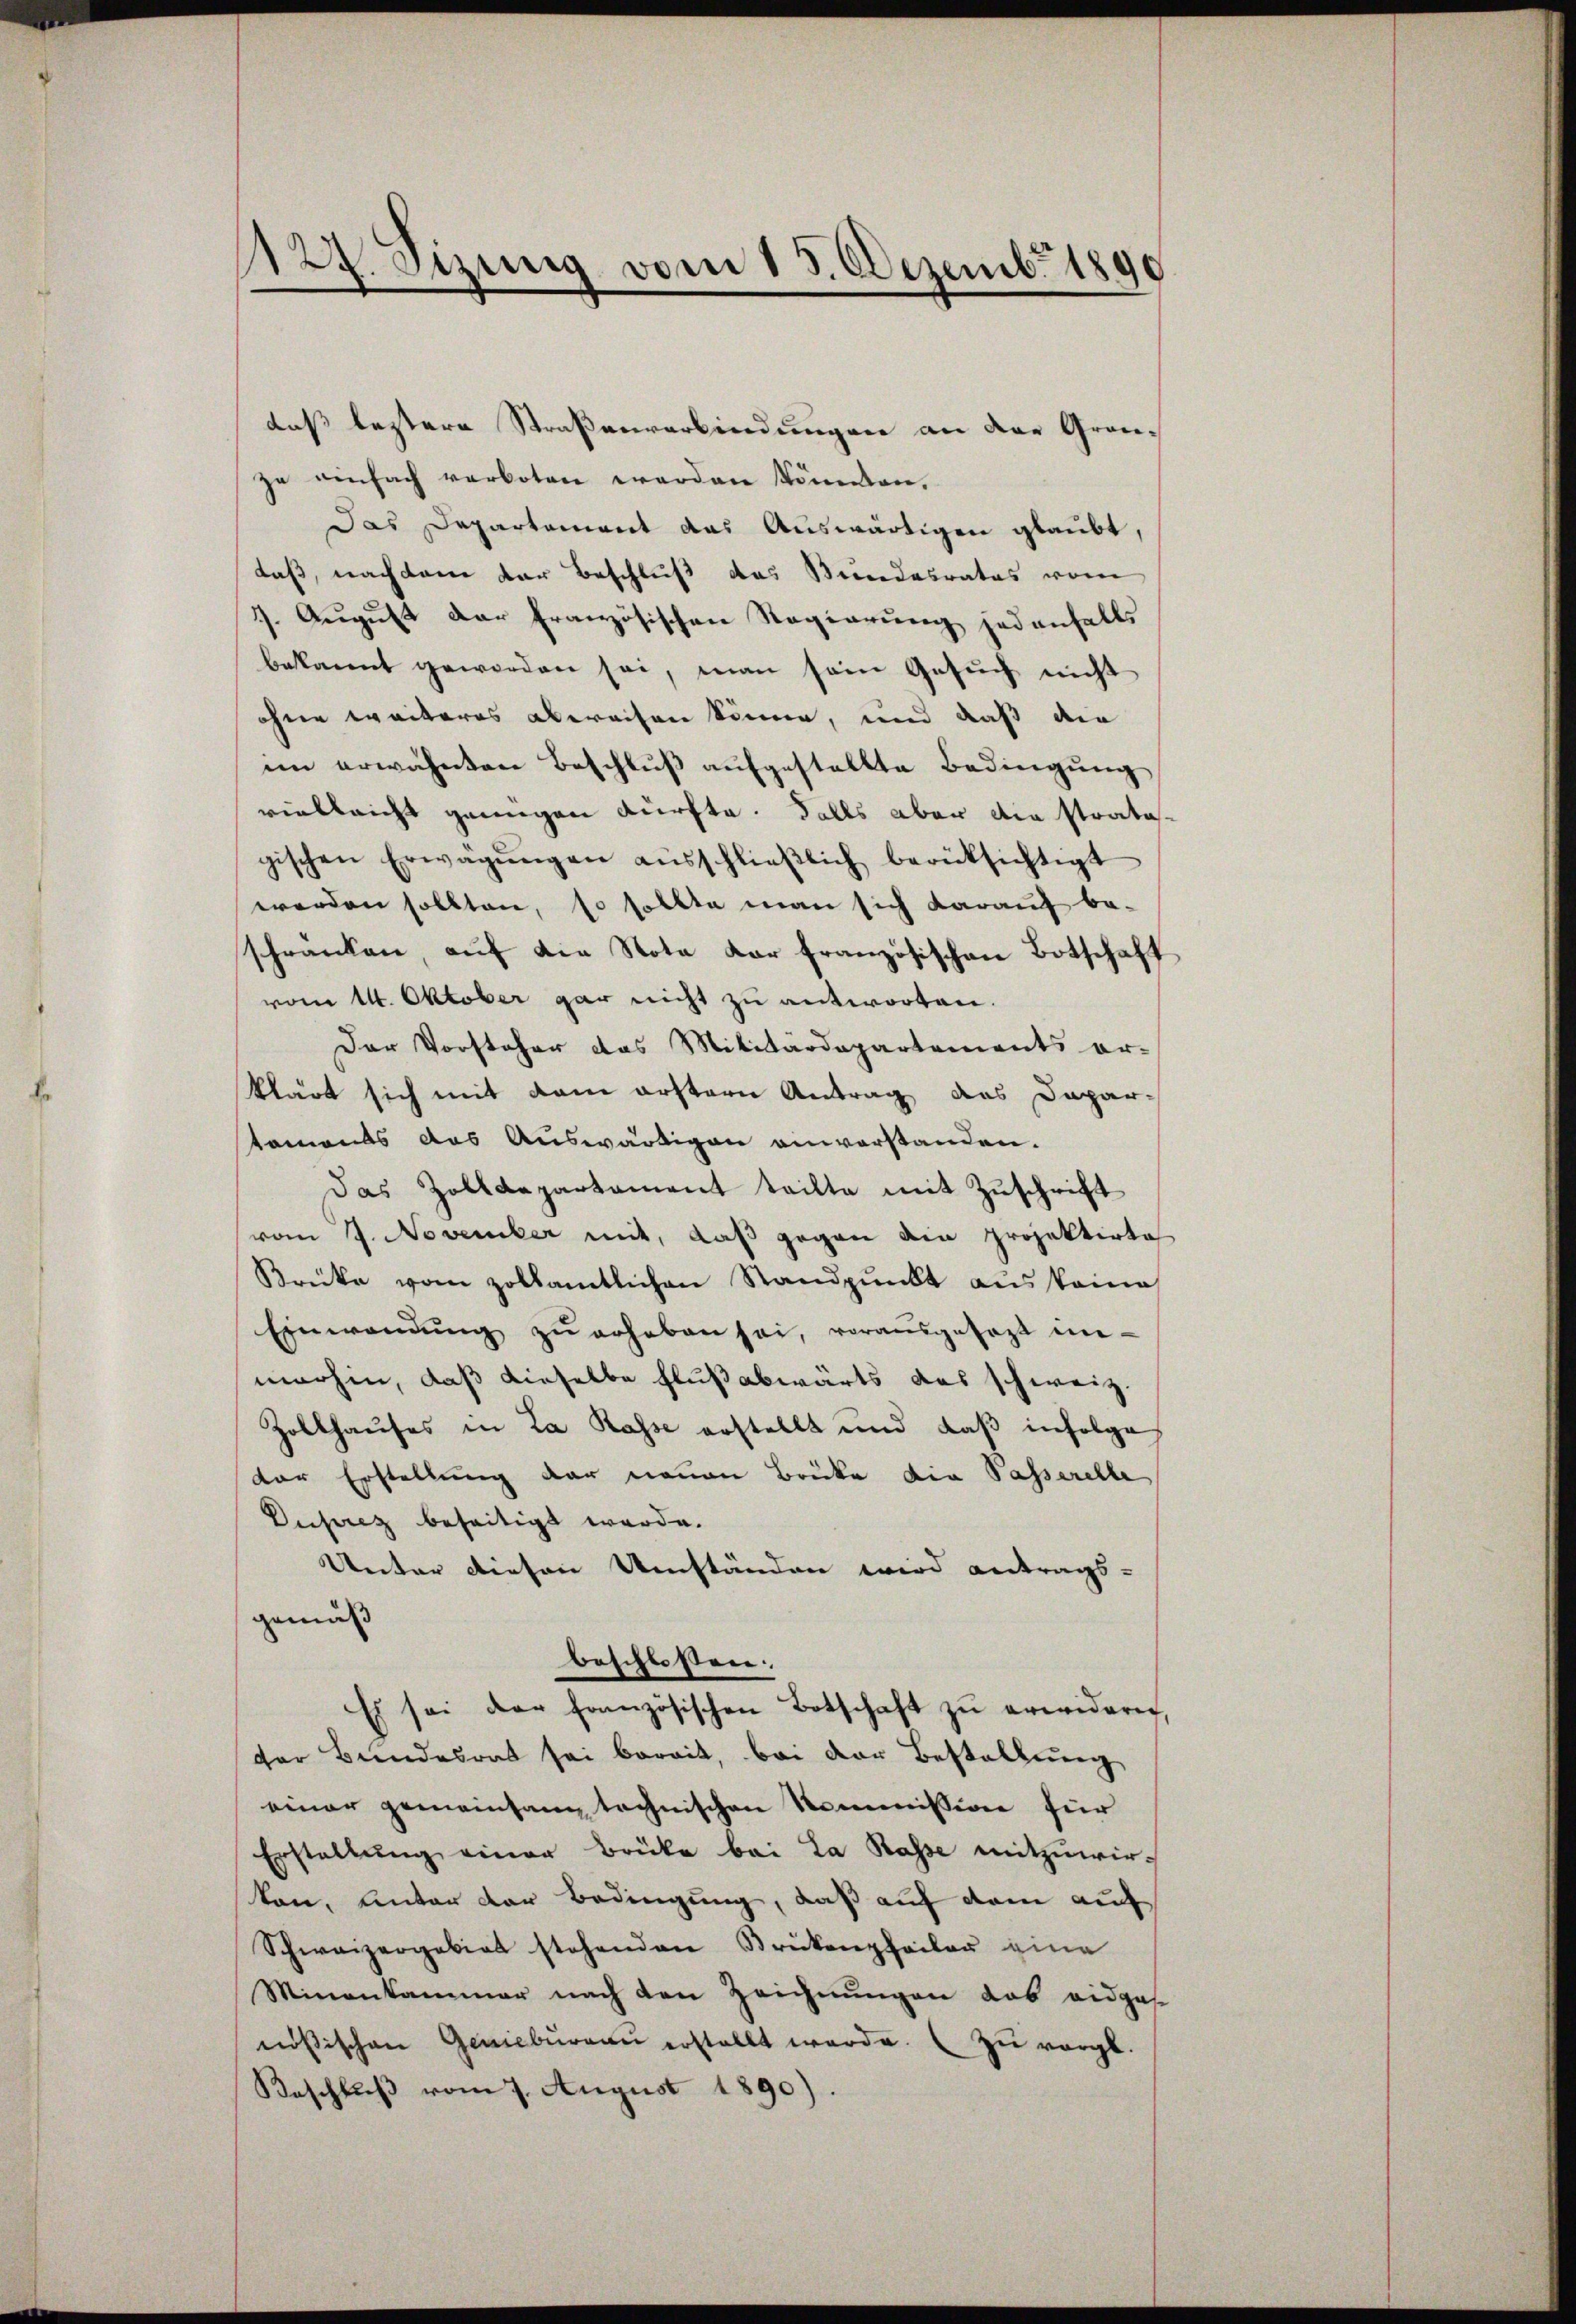
127. Sizung vom 15. Dezemb. 1890

daß leztere Straßenverbindungen an der Granze einfach verboten werden könnten.
Das Departement das Auswärtigen glaubt,
daß, nachdem der Beschluß das Bundesrates vom
1. August der französischen Regierung jedenfalls
bekannt geworden sei, man sein Gesuch nicht
ohne weiteres abereifen könne, und daß die
im erwähnten Beschluß aufgestellte Bedingung
vielleicht genügen dürfte. Falls aber die stratogischen Erwägŭngen aŭsschlieβlich berücksichtigt
werden sollten, so sollte man sich darauf beschränken, auf die Note dar französischen Botschaft
vom 14. Oktober gar nicht zu antworten.
Der Vorsteher das Militärdepartements er-
klärt sich mit dem erstern Antrag des Dapar-
taments das Auswärtigen einvorstanden.
das Zolldepartament teilte mit Zuschrift
vom 7. November mit, daß gegen am Projektirte
Brücke vom zollamtlichen Standpunkt aus keine
Einwendŭng zŭ erheben sei, vorausgesagt in-
morhin, daß dieselbe Flußabwärts des schweiz.
Zollhauses in La Rasse erstellt und daβ infolge
der Erstellung der neuen Brücke die Passerelle
Dusurez beseitigt werde.
Unter diesen Umständen wird antrags-
gemäß
beschlossen:
Es sei der französischen Botschaft zŭ erwideren,
der Bundesrat sei bereit, bei der Bestellung
einer gemeinsam technischen Kommission für
Erstellung einer Brücke bei La Kasse mitzuwir-
kon, unter der Bedingung, daß auf dem auf
Schweizergebiet stehenden Brückenpfeiler eine
Minenkammer nach den Zeichnungen das eidgas
nösischen Geniebŭrgaŭ erstellt werde. zŭ vergl.
Beschluß vom 7. August 1890).